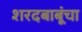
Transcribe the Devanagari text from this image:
शरदबाबूंचा